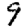
Digit: 9